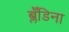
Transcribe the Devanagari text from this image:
ब्लँडिना